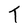
Character: T